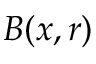
B ( x , r )